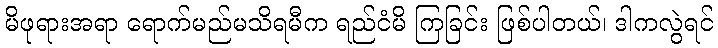
မိဖုရားအရာ ရောက်မည်မသိရမီက ရည်ငံမိ ကြခြင်း ဖြစ်ပါတယ်၊ ဒါကလွဲရင်